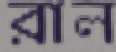
রাল